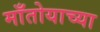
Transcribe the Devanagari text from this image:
माँतोयाच्या